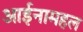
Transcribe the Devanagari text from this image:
आईनामहल